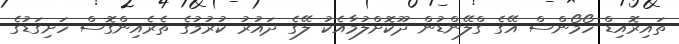
ތައިރޮއިޑް ހޯމޯންސް އޭގެ ގްލޭންޑުން ދޫކޮށްލުމާއެކު ލޭގެ ދައުރު ކުރުމުގެ ތެރެއިންގޮސް ހަށިގަޑުގެ